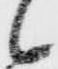
候